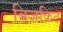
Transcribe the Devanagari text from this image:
बिजकिट